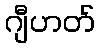
ဂျီဟတ်